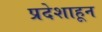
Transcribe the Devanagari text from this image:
प्रदेशाहून